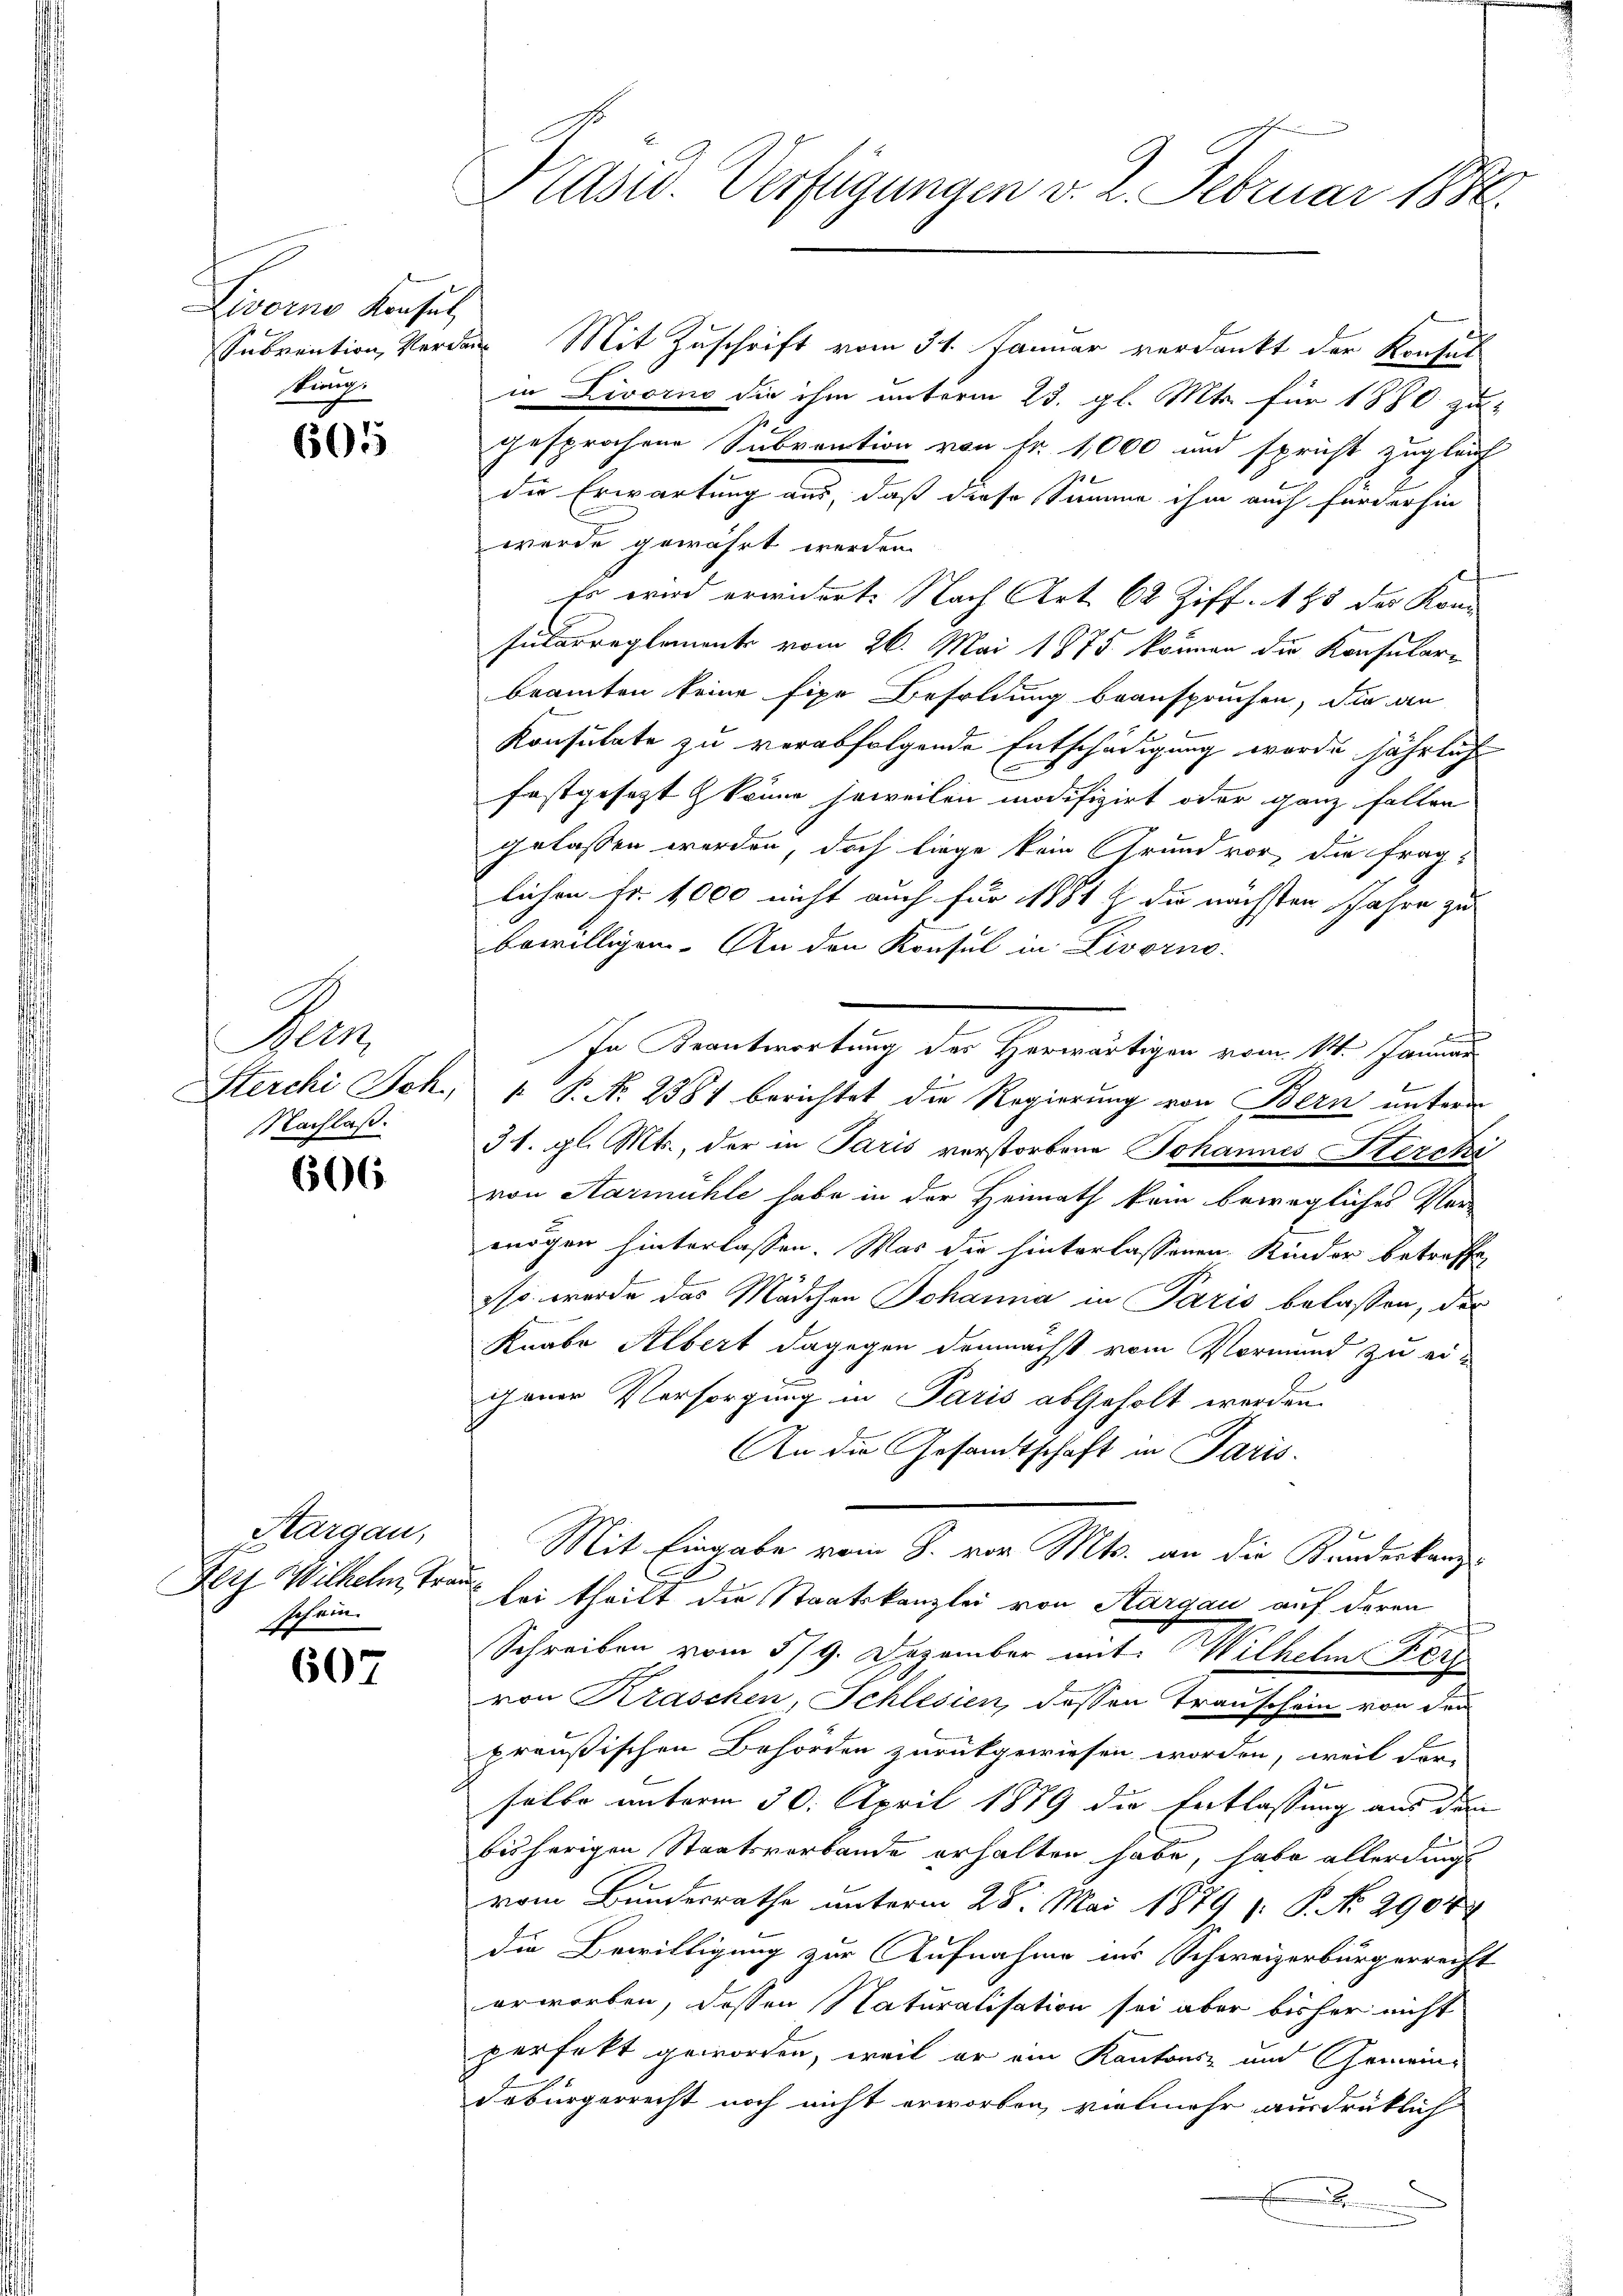
Livorne Konsul
kung.

605

Mus
Sterchi Sch.,
Nachlaß.

606

Kargau,
Ferg Wilhelm Trau
schein.

607

Präsid. Verfügungen v. 2. Februar 1886.

Subvention, Verdar Mit Zuschrift vom 31. Januar verdankt der Konfus
in Livorno die ihm unterm 23. gl. Mts. für 1880 zu
gesprochene Subvention von Fr. 1,000 und spricht zugleich
die Erwartung aus, daß diese Summe ihm auch für der hin
wurde gewährt werden.
Es wird erwidert. Nach Art. 62 Ziff. 185 des Kon
sularreglement vom 26. Mai 1875 können die Konsularbramten keine fixe Besoldung beanspruchen, die an
Konsulate zu verabfolgende Entschädigung wurde jährliche
C
festgesetzt & könne soweilen modifizirt oder ganz fallen
gelassen werden, doch liege kein Grund vor, die fraglichen Fr. 1000 nicht auch für 1881 f. die nächsten Jahre zu
bewilligen. An den Konsul in Livorno
b
In Beantwortung der Herwärtigen vom 11t. Januar
f
 P. No 2381 berichtet die Regierung von Bern unterm
31. gl. Mts., der in Paris verstorbene Johannes Herchi
von Aarmühle habe in der Heimath kein bewegliches Ver-
mögen hinterlassen. Was die hinterlassenen Kinder betreffe
so werde das Mädchen Johanna in Paris belassen, der
Knabe Albert dagegen demnächst vom Vormund zu ei-
gener Versorgung in Paris abgeholt werden.
An die Gesandtschaft in Paris.
Mit Eingabe vom J. vor Mts. an die Kundeskanzbei theilt die Staatskanzlei von Aargau auf deren
h
Schreiben vom 5/9. Dezember mit Wilhelm Kle
von Kraschen, Schlesien, dessen Transchein von den
preußischen Behörden zurückgewiesen worden, weil der-
selbe unterm 30. April 1889 die Entlassung aus dem
bisherigen Staatsverbande erhalten habe, habe allerdings
vom Bundesrathe unterm 28. Mai 1879 : P. No. 2904
die Bewilligung zur Aufnahme ins Schweizerbürgerrecht
erworben, dessen Naturalisation sei aber bisher nicht
perfekt geworden, weil er ein Kantons- und Gemeindebürgerrecht noch nicht erworben, vielmehr ausdrüklich
x